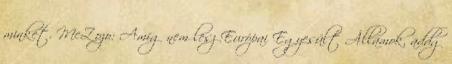
minket. McZozo: Amíg nem lesz Európai Egyesült Államok, addg